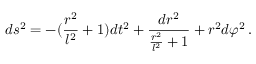
d s ^ { 2 } = - ( \frac { r ^ { 2 } } { l ^ { 2 } } + 1 ) d t ^ { 2 } + \frac { d r ^ { 2 } } { \frac { r ^ { 2 } } { l ^ { 2 } } + 1 } + r ^ { 2 } d \varphi ^ { 2 } \, .